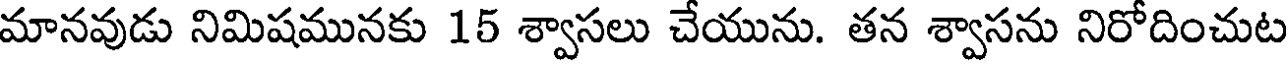
మానవుడు నిమిషమునకు 15 శ్వాసలు చేయును. తన శ్వాసను నిరోదించుట